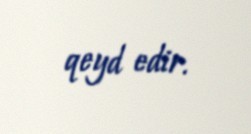
qeyd edir.